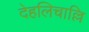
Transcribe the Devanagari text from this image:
देहलिचाल्लि